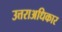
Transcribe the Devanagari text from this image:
उत्तराअधिकार